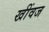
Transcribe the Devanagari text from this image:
खींवज